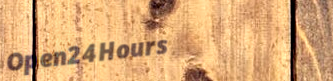
Open24Hours